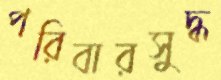
পরিবারসুদ্ধ